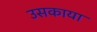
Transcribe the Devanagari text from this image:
उसकाया